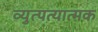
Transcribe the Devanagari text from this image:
व्युत्पत्यात्मक